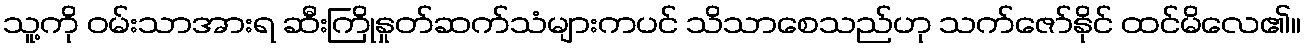
သူ့ကို ဝမ်းသာအားရ ဆီးကြိုနှုတ်ဆက်သံများကပင် သိသာစေသည်ဟု သက်ဇော်နိုင် ထင်မိလေ၏။